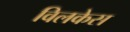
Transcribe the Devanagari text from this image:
विलकेस